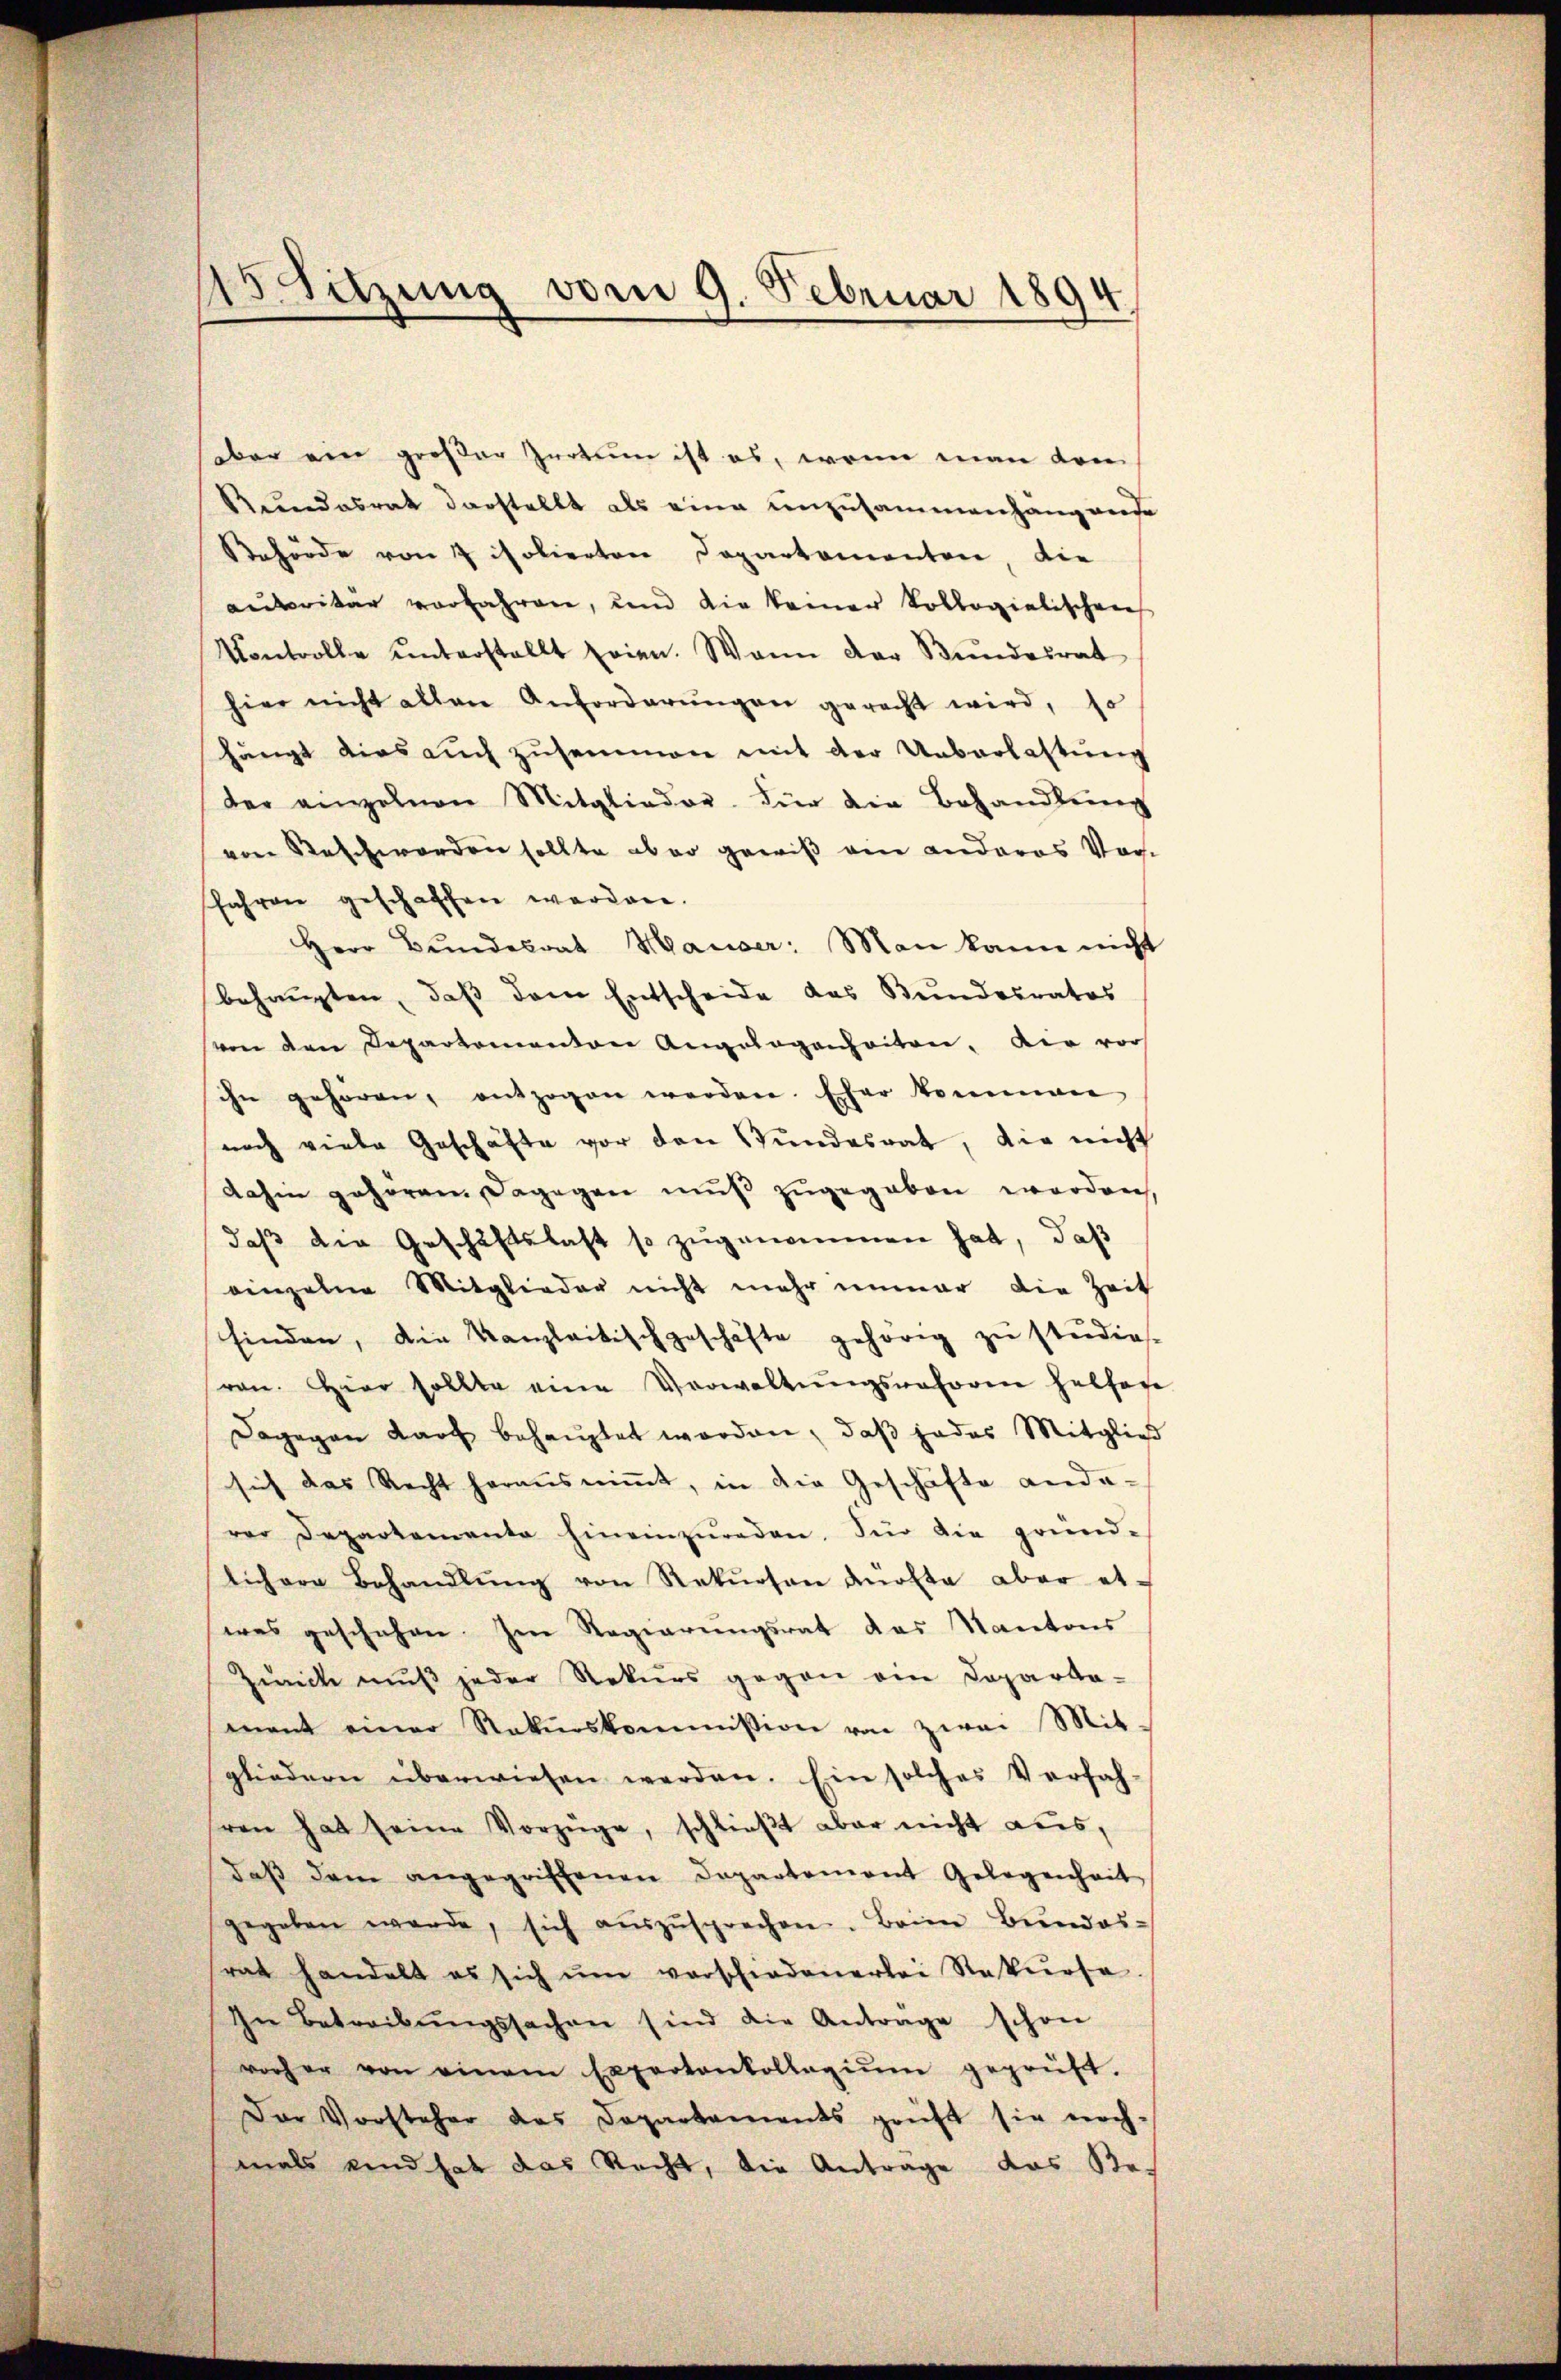
E
witzung vom 9. Februar 1894

über ein großer Irrtuum ist es, wenn man kom¬
Stundesrat darstellt als eine unzusammenhang anse
Behörde von 7 isolierten Departementen, die
aubritar vorfahren, und die keiner Kollegialischen
Kontrolle unterstellt seien. Wann der Bŭndesrat
hier nicht allen Anforderŭngen geracht wird, so
hängt dies auch zusammen mit der Ueberlastung
der anzelnen Mitglieder für die Behandlŭng
von Beschworden sollte aber gewiß ein anderes Vor-
fahren geschaffen werden.
Herr Bŭndesrat Hauser: Man kann nicht
behaupten, daß dem Entscheide das Bundesrates
von den Departementon Angelegenheiten, der vorh
ihn gehören, entzogen werden. Eher kommen
noch viele Geschäfte vor den Wundesrat, die nicht
dahin gehören. Dagegen mŭβ zŭgegeben worden,
daß die Geschäftslast so zugenommen hat, daß
einzelne Mitglieder nicht mehr immer die Zeit
finden, die Kanzleitischgeschäfte gehörig zŭ studie.
ren. Hier sollte eine Verwaltŭngsratoren helfoge
Dagegen Kart behauptet worden, daß jedes Mitglied
sich das Recht herausnimmt, in die Geschäfte anderer Departemente hineinzŭreden. Für die gründ-
lichere Behandlŭng von Rekŭrsen dürfte aber et-
was geschehen. Im Regierungsrat das Kantons
Zunck muß jeder Rekurs gegen ein Departa-
mant einer Rekurskommission von zwei Mit-
gliedern überwiesen werden. Ein solches Verfah-
ren hat seine Vorzüge, schlieβt aber nicht aus,
daβ dem angegriffenen Departement Gelegenheit
gegeben werde, sich aŭszŭsprechen. Beim Bŭndes-
rat handelt es sich ŭm verschiedenerlei Rekurse.
In Betreibŭngssachen sind die Anträge schon
vorher von einem Expertenkollegiŭm geprüft.
Der Vorsteher des Departements prüft sie noch-
mals und hat das Recht, die Antrage das Re¬